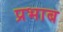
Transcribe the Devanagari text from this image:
प्रभाब